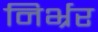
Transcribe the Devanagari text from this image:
निर्भ्रर